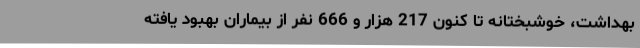
بهداشت، خوشبختانه تا کنون 217 هزار و 666 نفر از بیماران بهبود یافته